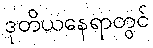
ဒုတိယနေရာတွင်